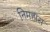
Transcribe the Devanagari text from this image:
निमहांस